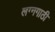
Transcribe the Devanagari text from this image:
लग्नगाठी